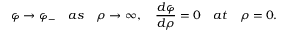
\varphi \to \varphi _ { - } \quad a s \quad \rho \to \infty , \quad { \frac { d \varphi } { d \rho } } = 0 \quad a t \quad \rho = 0 .